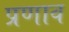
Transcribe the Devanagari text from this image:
प्रणाव